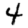
Digit: 4